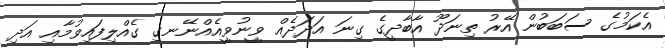
އެކަމުގެ ސަބަބުން އޭރު ތިނަދޫ އާބާދީގެ ގިނަ އަދަދެއް ވީނުވީއެއްނޭނގި ގެއްލިފައިވުމާއި އަދި